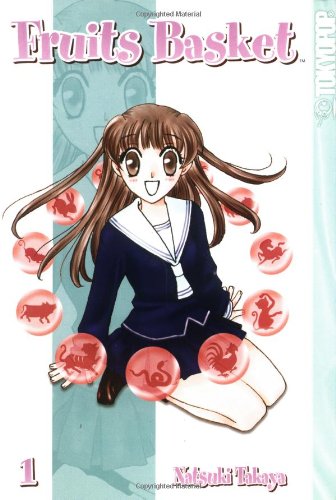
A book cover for Fruits Basket, Vol. 1; Natsuki Takaya; Children's Books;